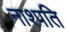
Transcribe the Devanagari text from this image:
नाश्पति